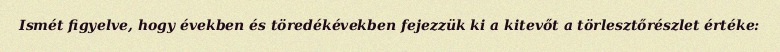
Ismét figyelve, hogy években és töredékévekben fejezzük ki a kitevőt a törlesztőrészlet értéke: